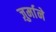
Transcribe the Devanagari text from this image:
ज़ुर्माने